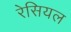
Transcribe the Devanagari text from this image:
रेसियल